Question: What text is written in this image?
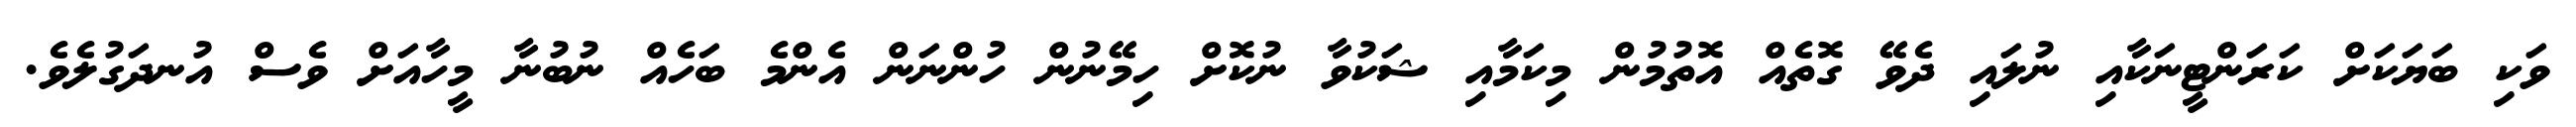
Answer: ވަކި ބަޔަކަށް ކަރަންޓީނަކާއި ނުލައި ދެވޭ ގޮތެއް އޮތުމުން މިކަމާއި ޝަކުވާ ނުކޮށް ހިމޭނުން ހުންނަން އެންމެ ބަހެއް ނުބުނާ މީހާއަށް ވެސް އުނދަގުލެވެ.